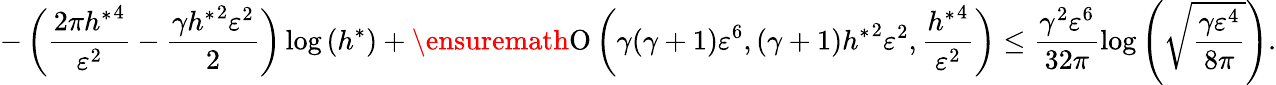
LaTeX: -\left(\frac{2\pi{h^{\ast}}^{4}}{\varepsilon^{2}}-\frac{\gamma{h^{\ast}}^{2}\varepsilon^{2}}{2}\right)\log{(h^{\ast})}+\ensuremath{\operatorname{O}\left(\gamma(\gamma+1)\varepsilon^{6},(\gamma+1){h^{\ast}}^{2}\varepsilon^{2},\frac{{h^{\ast}}^{4}}{\varepsilon^{2}}\right)}\leq\frac{\gamma^{2}\varepsilon^{6}}{32\pi}\log{\left(\sqrt[]{\frac{\gamma\varepsilon^{4}}{8\pi}}\right)}.